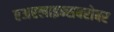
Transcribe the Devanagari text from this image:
एअरलाइन्सबरोबर